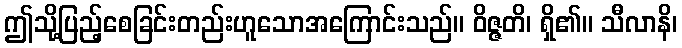
ဤသို့ပြည့်စေခြင်းတည်းဟူသောအကြောင်းသည်။ ဝိဇ္ဇတိ၊ ရှိ၏။ သီလာနိ၊